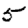
Digit: 5